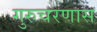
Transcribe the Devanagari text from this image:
गुरुचरणास